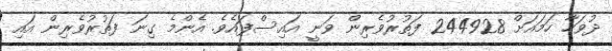
ދުވަހާ ހަމައަށް 244928 ފަތުރުވެރިން ވަނީ އައިސްފައެވެ. އެންމެ ގިނަ ފަތުރުވެރިން އައި